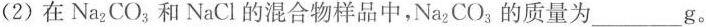
(2)在Na2CO3和NaCl的混合物样品中，Na2CO3的质量为______g。